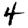
Digit: 4